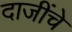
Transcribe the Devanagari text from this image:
दाजींचे